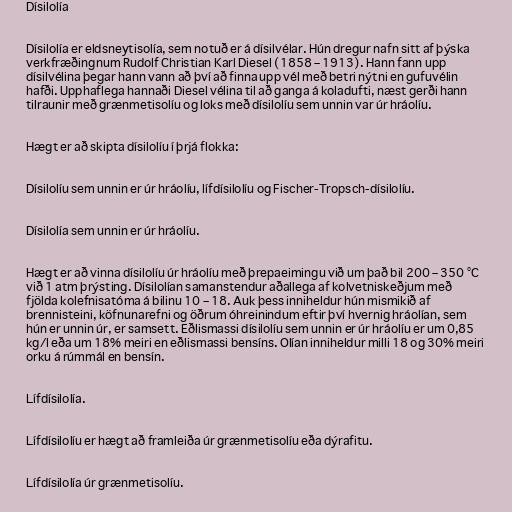
Dísilolía

Dísilolía er eldsneytisolía, sem notuð er á dísilvélar. Hún dregur nafn sitt af þýska
verkfræðingnum Rudolf Christian Karl Diesel (1858 – 1913). Hann fann upp
dísilvélina þegar hann vann að því að finna upp vél með betri nýtni en gufuvélin
hafði. Upphaflega hannaði Diesel vélina til að ganga á koladufti, næst gerði hann
tilraunir með grænmetisolíu og loks með dísilolíu sem unnin var úr hráolíu.

Hægt er að skipta dísilolíu í þrjá flokka:

Dísilolíu sem unnin er úr hráolíu, lífdísilolíu og Fischer-Tropsch-dísilolíu.

Dísilolía sem unnin er úr hráolíu.

Hægt er að vinna dísilolíu úr hráolíu með þrepaeimingu við um það bil 200 – 350 °C
við 1 atm þrýsting. Dísilolían samanstendur aðallega af kolvetniskeðjum með
fjölda kolefnisatóma á bilinu 10 – 18. Auk þess inniheldur hún mismikið af
brennisteini, köfnunarefni og öðrum óhreinindum eftir því hvernig hráolían, sem
hún er unnin úr, er samsett. Eðlismassi dísilolíu sem unnin er úr hráolíu er um 0,85
kg/l eða um 18% meiri en eðlismassi bensíns. Olían inniheldur milli 18 og 30% meiri
orku á rúmmál en bensín.

Lífdísilolía.

Lífdísilolíu er hægt að framleiða úr grænmetisolíu eða dýrafitu.

Lífdísilolía úr grænmetisolíu.